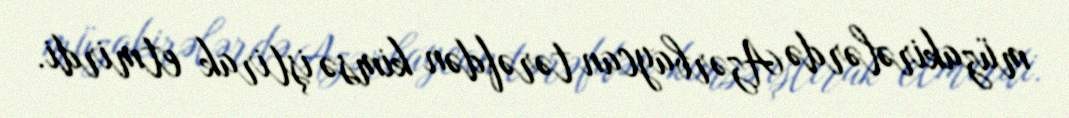
müzakirələrdə Azərbaycan tərəfdən kimsə iştirak etmirdi.